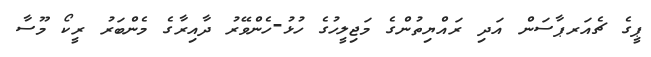
ޕީގެ ޗެއަރޕާސަން އަދި ރައްޔިތުންގެ މަޖިލީހުގެ ހުޅު-ހެންވޭރު ދާއިރާގެ މެންބަރު ރީކޯ މޫސާ